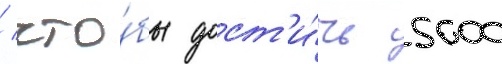
/ что́бы дост'и́чь 5000